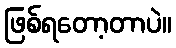
ဖြစ်ရတော့တာပဲ။